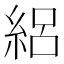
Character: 絽